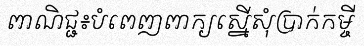
ពាណិជ្ជ៖បំពេញពាក្យស្នើសុំប្រាក់កម្ចី